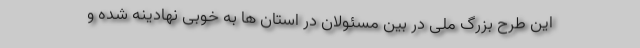
این طرح بزرگ ملی در بین مسئولان در استان ها به خوبی نهادینه شده و